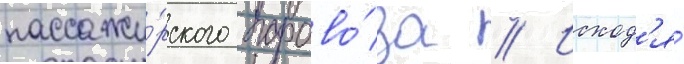
пассажи́рского парово́за // Исход'я́